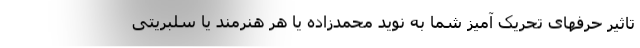
تاثیر حرفهای تحریک آمیز شما به نوید محمدزاده یا هر هنرمند یا سلبریتی